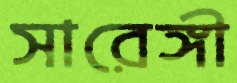
সারেঙ্গী